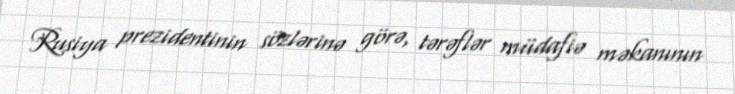
Rusiya prezidentinin sözlərinə görə, tərəflər müdafiə məkanının